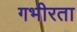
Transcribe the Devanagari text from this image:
गभीरता